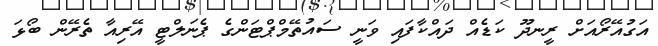
އަގުއޭރޯއަށް ރީނދޫ ކަޑެއް ދައްކާފައި ވަނީ ސައުތޭމްޕްޓަންގެ ޕެނަލްޓީ އޭރިއާ ތެރޭން ބޯޅަ